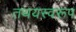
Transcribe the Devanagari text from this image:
तथयस्वरूप